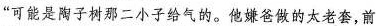
”可能是陶子树那二小子给气的。他嫌爸做的太老套，前